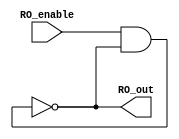
`timescale 1ns / 1ps
//////////////////////////////////////////////////////////////////////////////////
// Company: 
// Engineer: 
// 
// Design Name: 
// Module Name: ring_oscillator_new
// Project Name: 
// Target Devices: 
// Tool Versions: 
// Description: 
// 
// Dependencies: 
// 
// Revision:
// Revision 0.01 - File Created
// Additional Comments:
// 
//////////////////////////////////////////////////////////////////////////////////


module ring_oscillator_new(
    input RO_enable,
    output RO_out
    );
    
    (* DONT_TOUCH = "true" *) wire nand_out, not_0_out, RO_out_feedback;
    (* DONT_TOUCH = "true" *) wire not_1_out, not_2_out, not_3_out, not_4_out;
    
     (* DONT_TOUCH = "true" *) nand nand_0 (nand_out, RO_enable, RO_out_feedback);
     (* DONT_TOUCH = "true" *) not not_0 (not_0_out, nand_out);
     (* DONT_TOUCH = "true" *) not not_1 (not_1_out, not_0_out);
     (* DONT_TOUCH = "true" *) not not_2 (not_2_out, not_1_out);
     (* DONT_TOUCH = "true" *) not not_3 (not_3_out, not_2_out);
     (* DONT_TOUCH = "true" *) not not_4 (not_4_out, not_3_out);
     (* DONT_TOUCH = "true", ALLOW_COMBINATORIAL_LOOPS = "true" *) not not_5 (RO_out_feedback, not_4_out);
     assign RO_out = RO_out_feedback;
endmodule